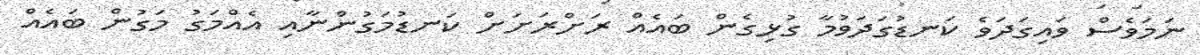
ނަމަވެސް ވައިގަދަވެ ކަނޑުގަދަވުމާ ގުޅިގެން ބައެއް ރަށްރަށަށް ކަނޑުމަގުންނާއި އެއްމަގު މަގުން ބައެއް